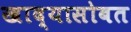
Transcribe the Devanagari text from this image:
खाद्यासोबत